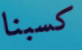
كسبنا